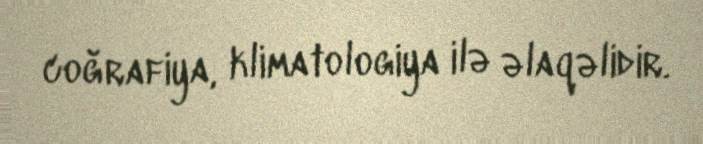
coğrafiya, klimatologiya ilə əlaqəlidir.